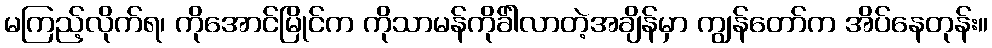
မကြည့်လိုက်ရ၊ ကိုအောင်မြိုင်က ကိုသာမန်ကိုခ်ါလာတဲ့အချိန်မှာ ကျွန်တော်က အိပ်နေတုန်း။